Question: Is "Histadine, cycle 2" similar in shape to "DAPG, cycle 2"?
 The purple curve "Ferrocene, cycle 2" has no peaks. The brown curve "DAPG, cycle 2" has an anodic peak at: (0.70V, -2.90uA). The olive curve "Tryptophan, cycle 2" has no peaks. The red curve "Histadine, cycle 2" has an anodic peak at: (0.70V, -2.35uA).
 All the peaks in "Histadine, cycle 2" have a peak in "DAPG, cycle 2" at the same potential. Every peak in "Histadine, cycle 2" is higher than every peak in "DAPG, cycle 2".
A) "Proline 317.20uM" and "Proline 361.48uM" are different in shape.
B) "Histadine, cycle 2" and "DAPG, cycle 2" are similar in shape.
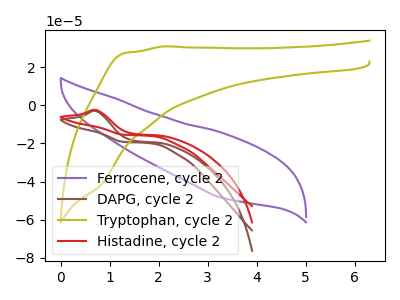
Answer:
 <answer>B) "Histadine, cycle 2" and "DAPG, cycle 2" are similar in shape.</answer>
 <eval>B</eval>